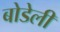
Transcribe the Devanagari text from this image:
बोडेली